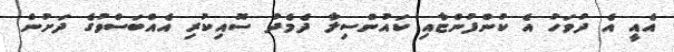
އެއީ އެ ދުވަހު އެ ކުންފުންޏާއި ކައުންސިލާ ދެމެދު ސޮއިކުރި އެއްބަސްވުުގެ ދަށުން